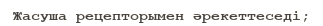
Жасуша рецепторымен әрекеттеседі;